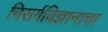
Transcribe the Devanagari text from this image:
निसर्गविज्ञानाचा